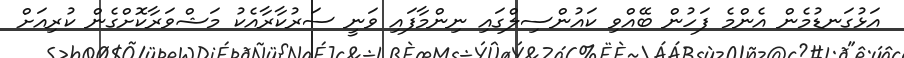
އަޅުގަނޑުމެން އެންމެ ފަހުން ބޭއްވި ކައުންސިލްގައި ނިންމާފައި ވަނީ ސަރުކާރާއެކު މަޝްވަރާކޮށްގެން ކުރިއަށް